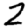
Digit: 2